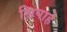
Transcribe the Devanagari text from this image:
सिपाहे